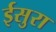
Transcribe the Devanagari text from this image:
ईसुरा